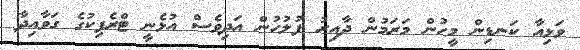
ވަޅިއާ ކަނޑިން މީހުން މަރަމުން ދާއިރު ފުލުހުން އަދިވެސް އުޅެނީ ޓްރެފިކުގެ ގަވާއިދާ